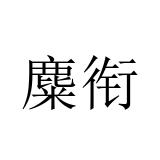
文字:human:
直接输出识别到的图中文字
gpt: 麋衔